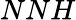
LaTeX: NNH